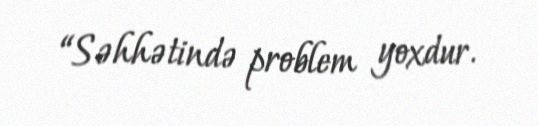
“Səhhətində problem yoxdur.